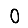
Digit: 0